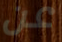
عن